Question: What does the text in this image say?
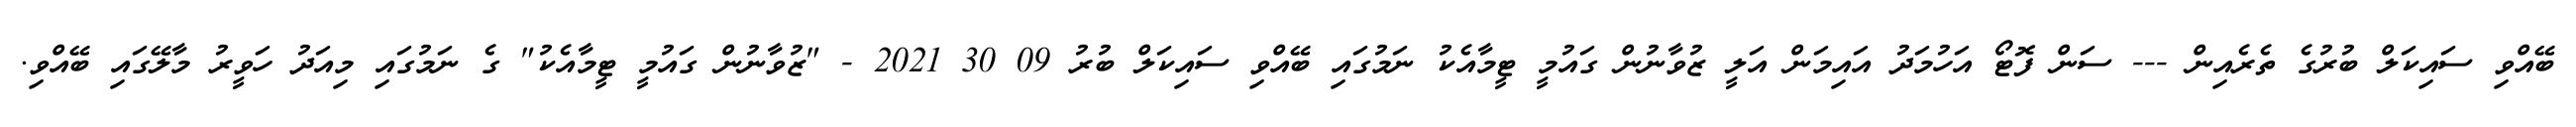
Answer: ބޭއްވި ސައިކަލް ބުރުގެ ތެރެއިން --- ސަން ފޮޓޯ އަހުމަދު އައިމަން އަލީ ޒުވާނުން ގައުމީ ޓީމާއެކު ނަމުގައި ބޭއްވި ސައިކަލް ބުރު 09 30 2021 - "ޒުވާނުން ގައުމީ ޓީމާއެކު" ގެ ނަމުގައި މިއަދު ހަވީރު މާލޭގައި ބޭއްވި.